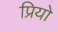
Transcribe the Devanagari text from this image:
प्रियो